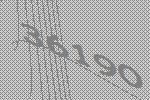
36190